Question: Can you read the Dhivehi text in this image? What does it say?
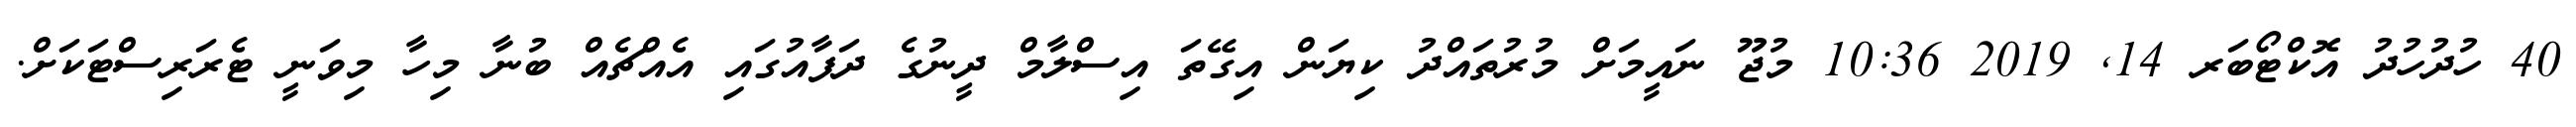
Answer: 40 ހުދުހުދު އޮކްޓޯބަރ 14, 2019 10:36 މުޖޫ ނައީމަށް މުރުތައްދު ކިޔަން އިގޭތަ އިސްލާމް ދީނުގެ ދަފާއުގައި އެއްޗެއް ބުނާ މިހާ މިވަނީ ޓެރަރިސްޓަކަށް.